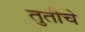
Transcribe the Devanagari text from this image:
तुतीचे